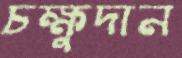
চক্ষুদান